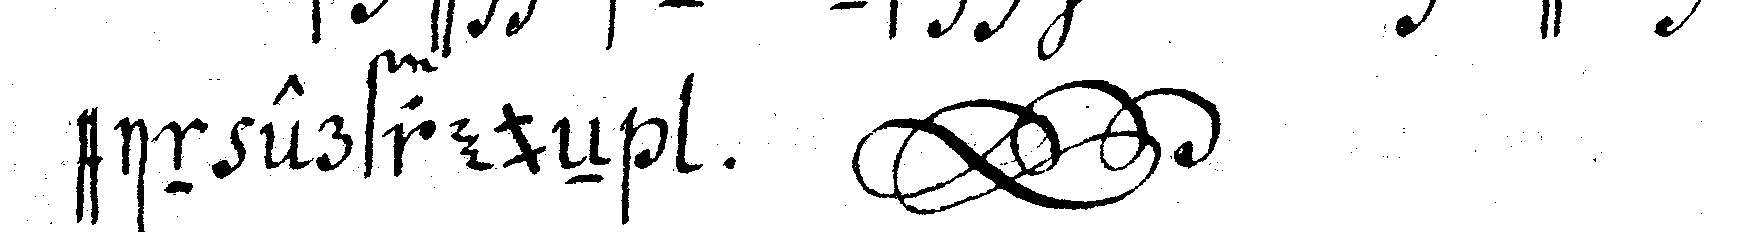
ein erfreueN  . *krussedull*